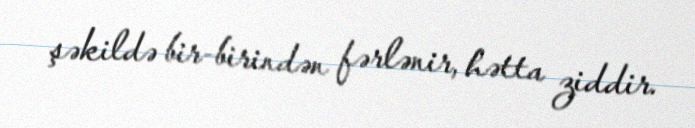
şəkildə bir-birindən fərlənir, hətta ziddir.